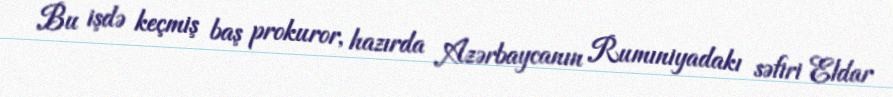
Bu işdə keçmiş baş prokuror, hazırda Azərbaycanın Rumıniyadakı səfiri Eldar